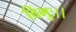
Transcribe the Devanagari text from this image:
विभुः।।